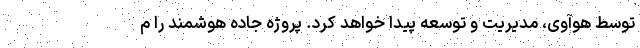
توسط هوآوی، مدیریت و توسعه پیدا خواهد کرد. پروژه جاده هوشمند را م